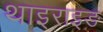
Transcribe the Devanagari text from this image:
थाइराइङ